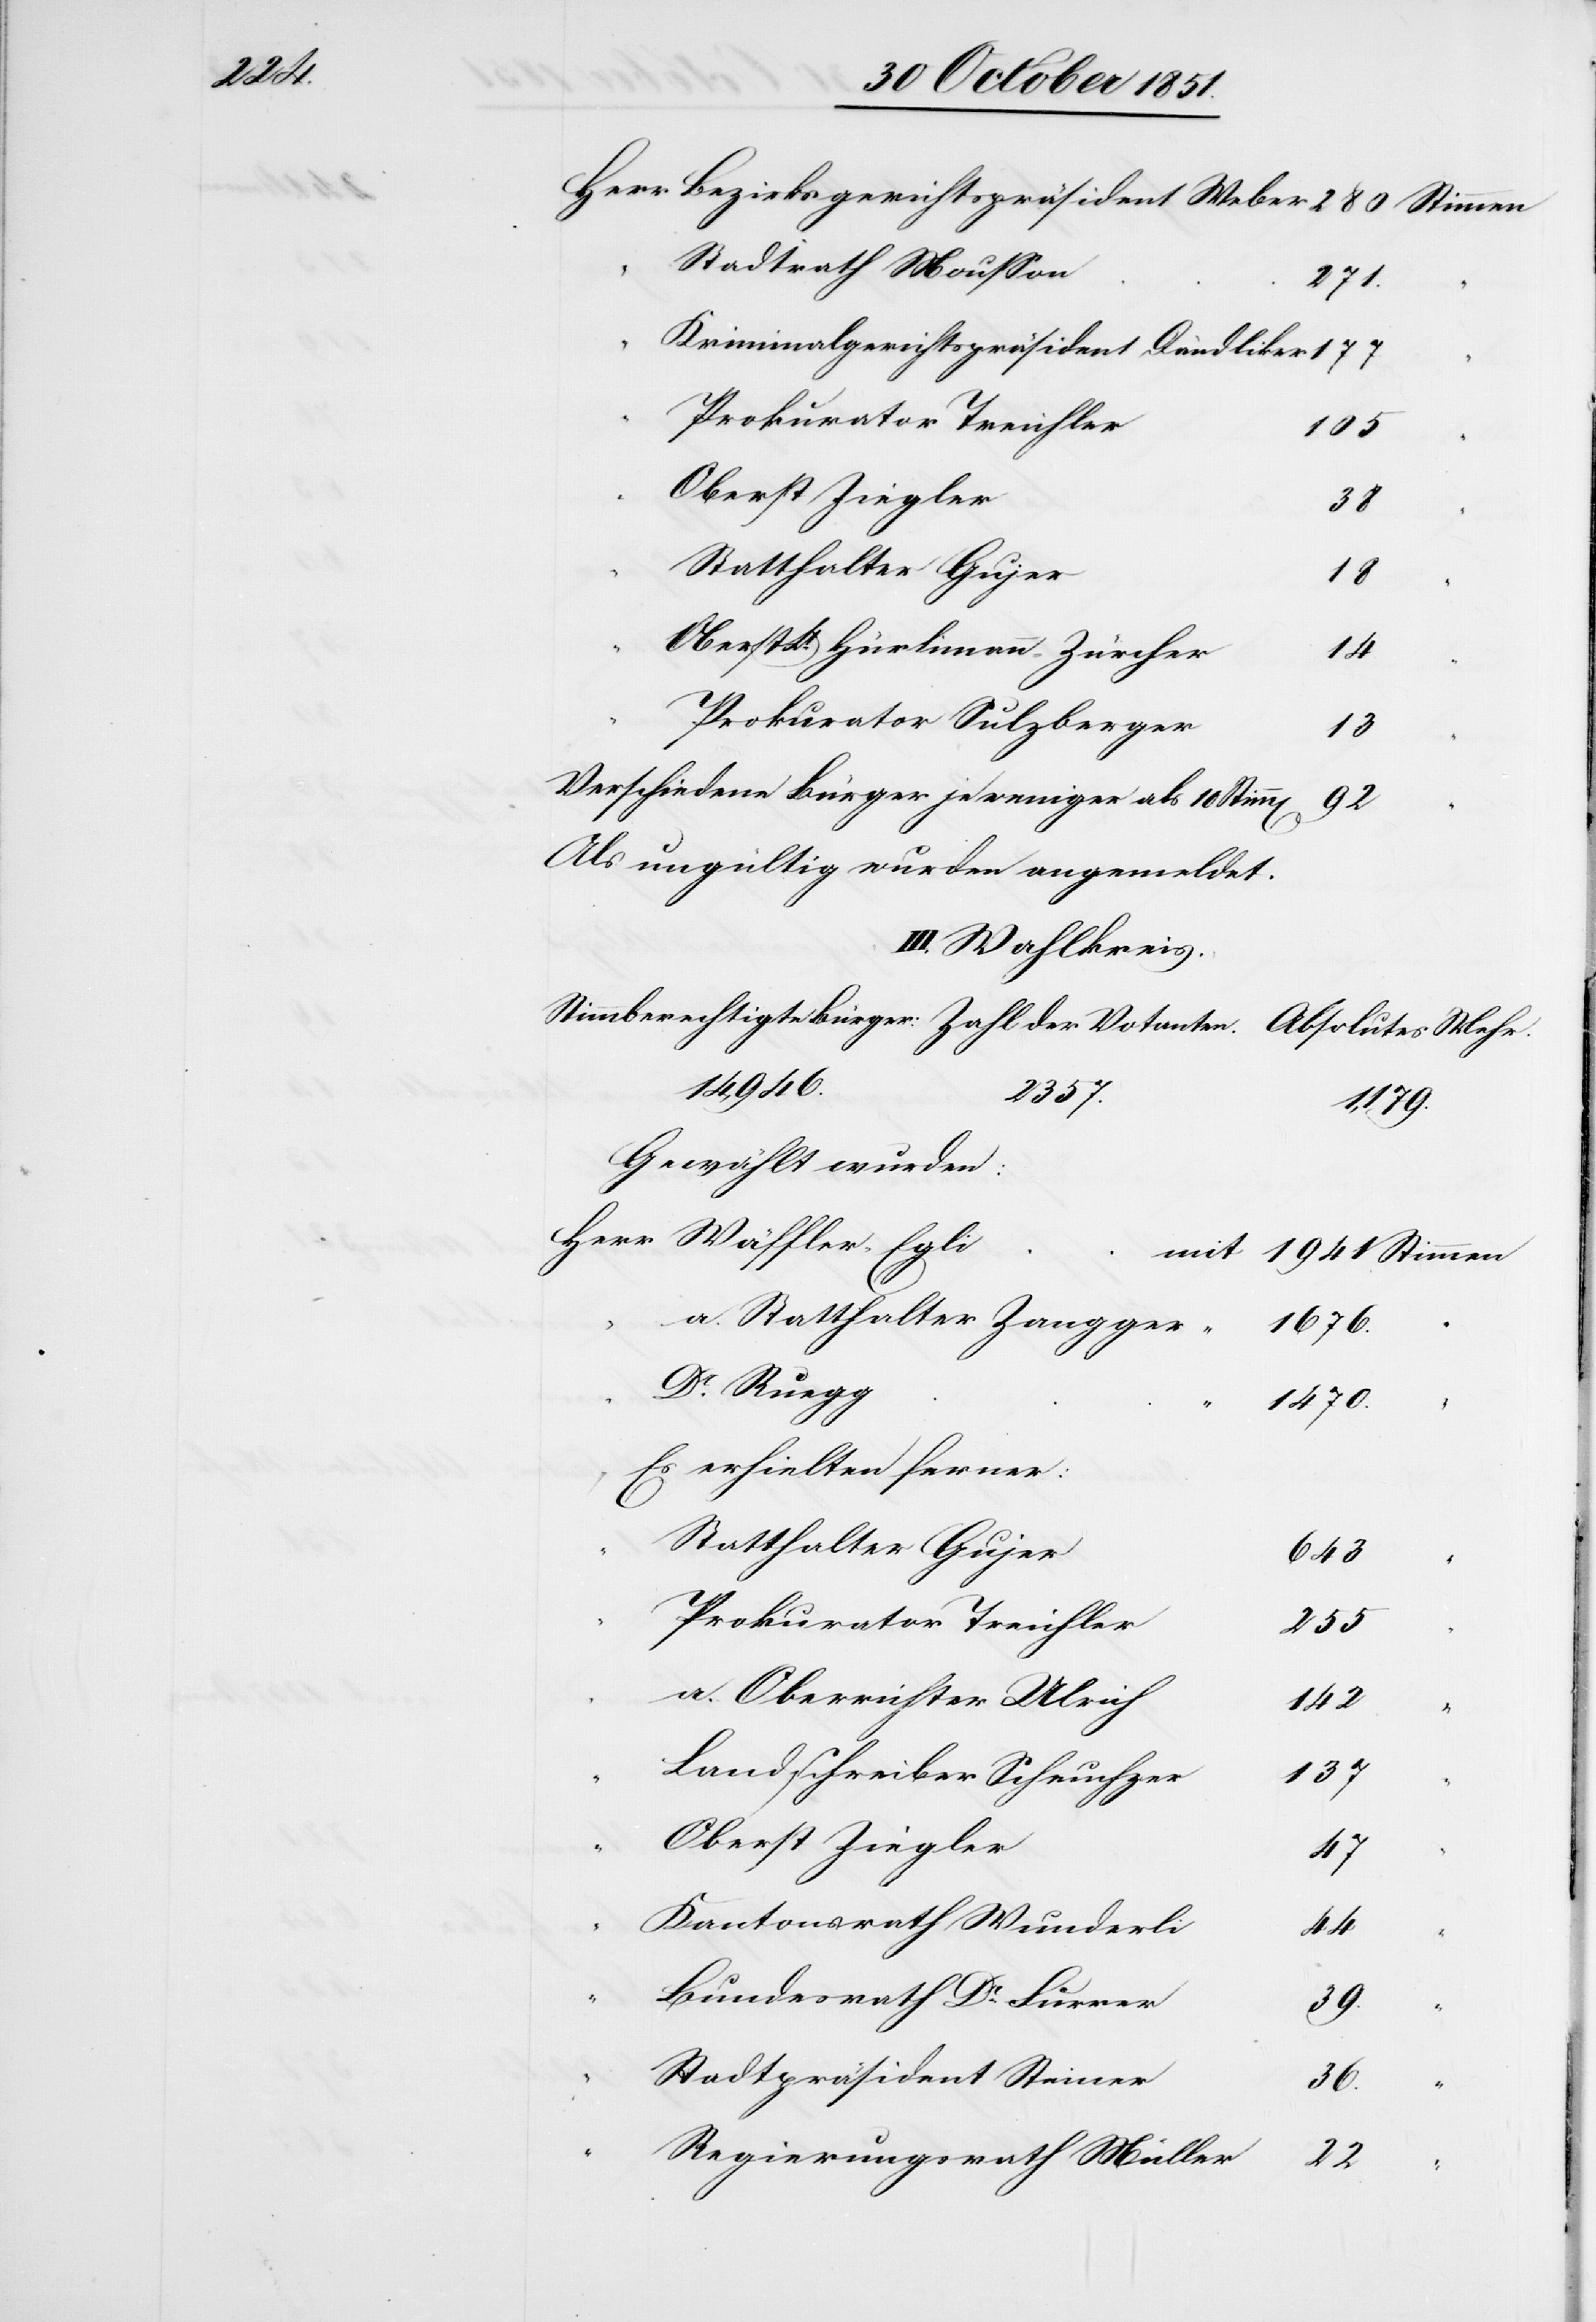
Herr

Stadtrath Mousson
177
Kriminalgerichtspräsident Dändliker
105
Oberst Ziegler
38
Statthalter Gujer
18
Oberst Lt. Hürlimann-Zürcher
14
Prokurator Sulzberger
13
Verschiedene Bürger je weniger als 10 Stim¬
92
Als ungültig wurden angemeldet.
III. Wahlkreis.
14,946.
2357.
1941
Gewählt wurden:
Dr. Ruegg
1470.
Es erhielten ferner:
Statthalter Gujer
a.
643
Prokurator Treichler
255
a. Oberrichter Ulrich
142
“
Landschreiber Scheuchzer
137
Oberst Ziegler
47
Kantonsrath Wunderli
44
Bundesrath Dr Furrer
39.
Stadtpräsident Steiner
36.
Regierungsrath Müller
22

“